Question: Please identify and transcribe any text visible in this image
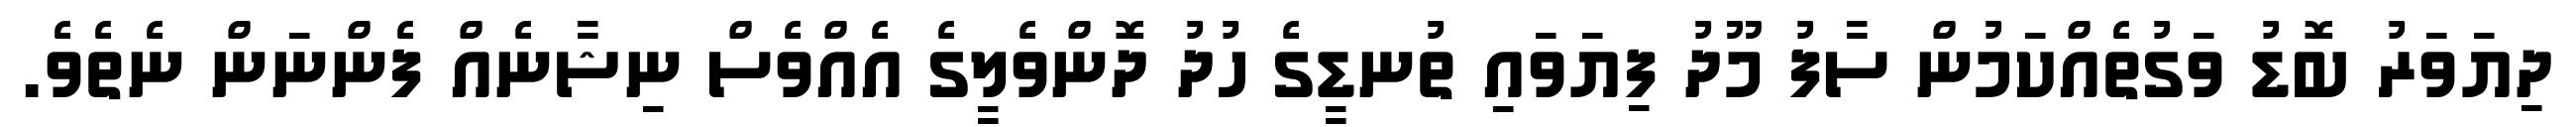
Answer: ދިޔަވަރު ބޮޑު ވަގުތެއްކަމުން ސާފު މޫދު ފިޔަވައި ތުނޑީގެ ހުދު ދޮންވެލީގެ އެއްވެސް ނިޝާނެއް ފެންނަން ނެތެވެ.